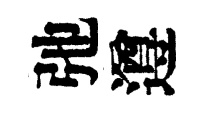
弛遵